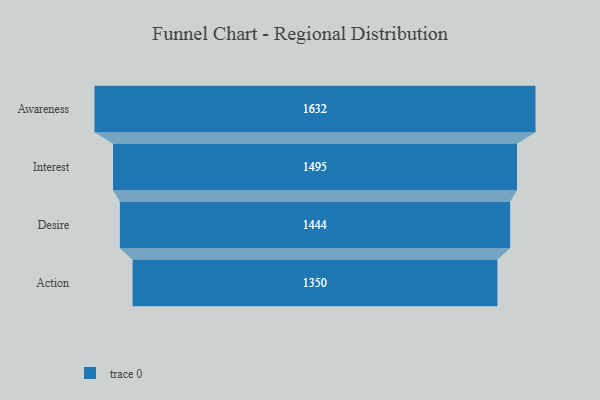
{"axis": {"x": "Stage", "y": "Value"}, "legend": [""], "data": [{"x": "Awareness", "y": 1632.0, "type": ""}, {"x": "Interest", "y": 1495.0, "type": ""}, {"x": "Desire", "y": 1444.0, "type": ""}, {"x": "Action", "y": 1350.0, "type": ""}]}